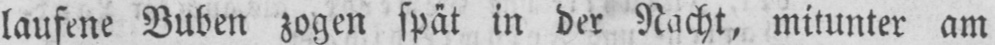
laufene Buben zogen spät in der Nacht, mitunter am